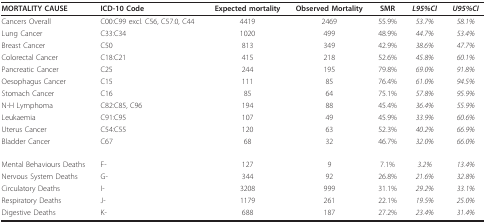
<table><thead><tr><td><b>MORTALITY CAUSE</b></td><td><b>ICD-10 Code</b></td><td><b>Expected mortality</b></td><td><b>Observed Mortality</b></td><td><b>SMR</b></td><td><b><i>L95%CI</i></b></td><td><b><i>U95%CI</i></b></td></tr></thead><tbody><tr><td>Cancers Overall</td><td>C00:C99 excl. C56, C57.0, C44</td><td>4419</td><td>2469</td><td>55.9%</td><td><i>53.7%</i></td><td><i>58.1%</i></td></tr><tr><td>Lung Cancer</td><td>C33:C34</td><td>1020</td><td>499</td><td>48.9%</td><td><i>44.7%</i></td><td><i>53.4%</i></td></tr><tr><td>Breast Cancer</td><td>C50</td><td>813</td><td>349</td><td>42.9%</td><td><i>38.6%</i></td><td><i>47.7%</i></td></tr><tr><td>Colorectal Cancer</td><td>C18:C21</td><td>415</td><td>218</td><td>52.6%</td><td><i>45.8%</i></td><td><i>60.1%</i></td></tr><tr><td>Pancreatic Cancer</td><td>C25</td><td>244</td><td>195</td><td>79.8%</td><td><i>69.0%</i></td><td><i>91.8%</i></td></tr><tr><td>Oesophagus Cancer</td><td>C15</td><td>111</td><td>85</td><td>76.4%</td><td><i>61.0%</i></td><td><i>94.5%</i></td></tr><tr><td>Stomach Cancer</td><td>C16</td><td>85</td><td>64</td><td>75.1%</td><td><i>57.8%</i></td><td><i>95.9%</i></td></tr><tr><td>N-H Lymphoma</td><td>C82:C85, C96</td><td>194</td><td>88</td><td>45.4%</td><td><i>36.4%</i></td><td><i>55.9%</i></td></tr><tr><td>Leukaemia</td><td>C91:C95</td><td>107</td><td>49</td><td>45.9%</td><td><i>33.9%</i></td><td><i>60.6%</i></td></tr><tr><td>Uterus Cancer</td><td>C54:C55</td><td>120</td><td>63</td><td>52.3%</td><td><i>40.2%</i></td><td><i>66.9%</i></td></tr><tr><td>Bladder Cancer</td><td>C67</td><td>68</td><td>32</td><td>46.7%</td><td><i>32.0%</i></td><td><i>66.0%</i></td></tr><tr><td>Mental Behaviours Deaths</td><td>F-</td><td>127</td><td>9</td><td>7.1%</td><td><i>3.2%</i></td><td><i>13.4%</i></td></tr><tr><td>Nervous System Deaths</td><td>G-</td><td>344</td><td>92</td><td>26.8%</td><td><i>21.6%</i></td><td><i>32.8%</i></td></tr><tr><td>Circulatory Deaths</td><td>I-</td><td>3208</td><td>999</td><td>31.1%</td><td><i>29.2%</i></td><td><i>33.1%</i></td></tr><tr><td>Respiratory Deaths</td><td>J-</td><td>1179</td><td>261</td><td>22.1%</td><td><i>19.5%</i></td><td><i>25.0%</i></td></tr><tr><td>Digestive Deaths</td><td>K-</td><td>688</td><td>187</td><td>27.2%</td><td><i>23.4%</i></td><td><i>31.4%</i></td></tr></tbody></table>